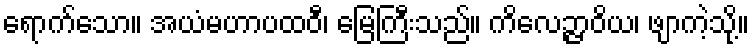
ရောက်သော။ အယံမဟာပထဝီ၊ မြေကြီးသည်။ ကိလေဉ္ဇာဝိယ၊ ဖျာကဲ့သို့။